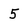
Character: 5